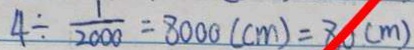
4 \div \frac { 1 } { 2 0 0 0 } = 8 0 0 0 ( c m ) = 8 0 ( m )